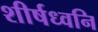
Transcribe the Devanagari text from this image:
शीर्षध्वनि